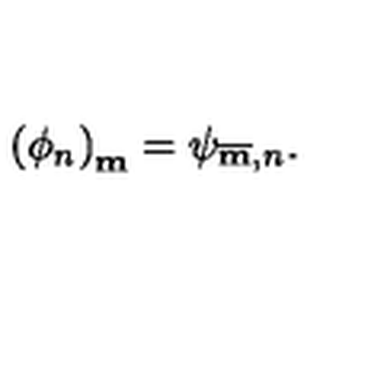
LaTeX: \left( \phi _ { n } \right) _ { \bf m } = \psi _ { { \overline { { \bf m } } } , n } .